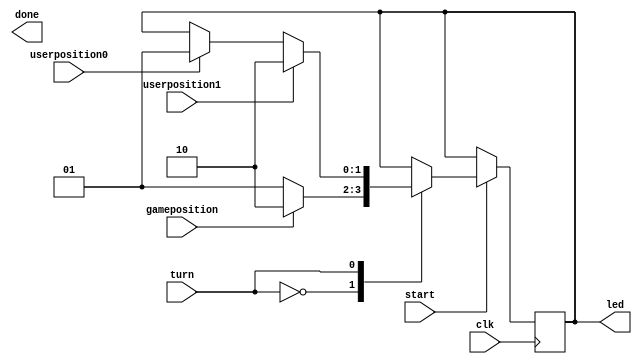
module LEDS(

    output [1:0] led,
    output done,
    input gameposition,
    input userposition0,
    input userposition1,
    input turn,
    input start,
    input clk
    
    );
    
    reg [1:0] led;
    reg done;
        
    always@(posedge clk)
    begin
    if(start==1)
    begin
    case(turn)
    0: begin //game's turn
       if(gameposition==0) led <= 1;
       if(gameposition==1) led <= 2;
       
       end
    1: begin //user's turn
       if(userposition0==1) led <= 1;
       if(userposition1==1) led <= 2;
       end
    endcase
    end
    end
endmodule